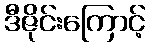
ဒီဇိုင်းကြောင့်